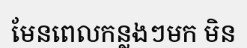
មែនពេលកន្លងៗមក មិន